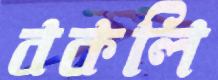
বকলি